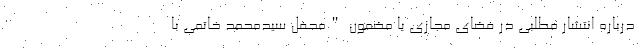
درباره انتشار مطلبی در فضای مجازی با مضمون "محفل سیدمحمد خاتمی با